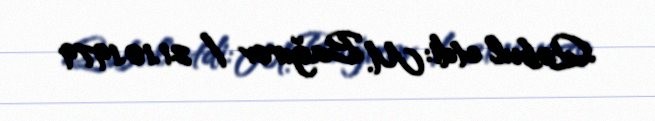
Qəbul etdi: M. Bağırov / 21.10.1979